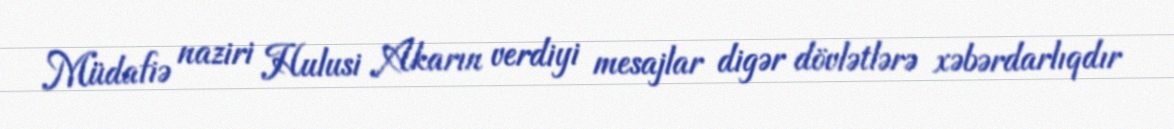
Müdafiə naziri Hulusi Akarın verdiyi mesajlar digər dövlətlərə xəbərdarlıqdır